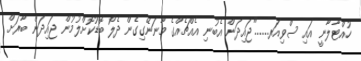
ހުއްޓާލާނީ އައި ސްވިއަރ......"ޖައިދަން އެބުނި އެއްޗެއްގެ މާނަނޭގިގެން ދެލޯ ބޮޑުކޮށްލުމުން ޖައިދަން ބާރަށް